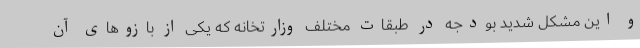
و این مشکل شدید بودجه در طبقات مختلف وزارتخانه که یکی از بازوهای آن